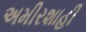
અમીરશાહી